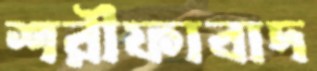
শরীফাবাদ